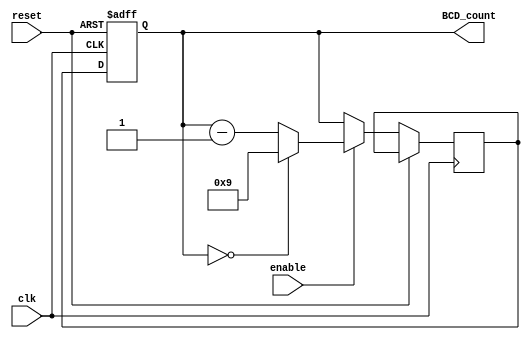
module BCD_Down_Counter_with_Enable (
    input wire clk,
    input wire reset,
    input wire enable,
    output reg [3:0] BCD_count
);

reg [3:0] BCD_count_next;

always @ (posedge clk or posedge reset) begin
    if (reset) begin
        BCD_count <= 4'b0000;
    end else begin
        if (enable) begin
            if (BCD_count == 4'b0000) begin
                BCD_count_next <= 4'b1001;
            end else begin
                BCD_count_next <= BCD_count - 1;
            end
        end else begin
            BCD_count_next <= BCD_count;
        end
        
        BCD_count <= BCD_count_next;
    end
end

endmodule